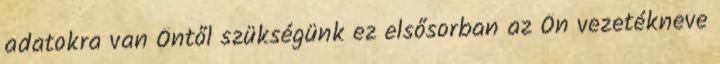
adatokra van Öntől szükségünk ez elsősorban az Ön vezetékneve